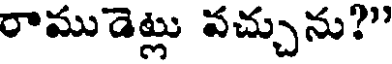
రాముడెట్లు వచ్చును?"